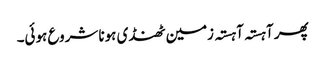
پھر آہستہ آہستہ زمین ٹھنڈی ہونا شروع ہوئی۔